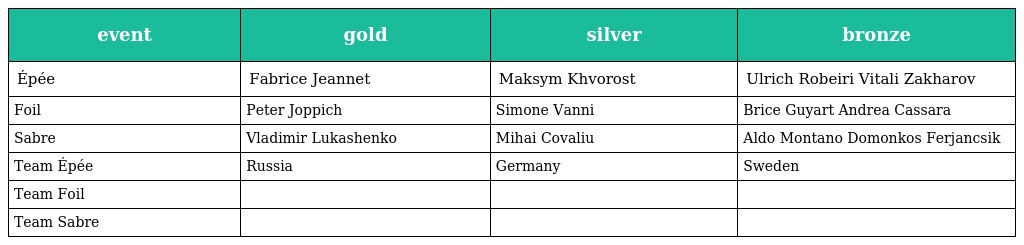
| event | gold | silver | bronze |
 | --- | --- | --- | --- |
 | Épée | Fabrice Jeannet | Maksym Khvorost | Ulrich Robeiri Vitali Zakharov |
 | Foil | Peter Joppich | Simone Vanni | Brice Guyart Andrea Cassara |
 | Sabre | Vladimir Lukashenko | Mihai Covaliu | Aldo Montano Domonkos Ferjancsik |
 | Team Épée | Russia | Germany | Sweden |
 | Team Foil |  |  |  |
 | Team Sabre |  |  |  |